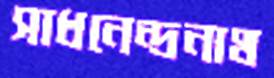
সাধনেন্দ্রনাথ